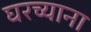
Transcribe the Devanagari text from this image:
घरच्याना